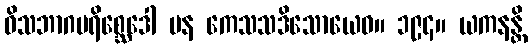
ဝိသဘာဂပရိစ္ဆေဒေါ ပန ကေသသဒိသောယေဝ။ ၁၉၄။ ယကနန္တိ